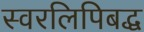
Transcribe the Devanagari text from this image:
स्वरलिपिबद्ध